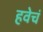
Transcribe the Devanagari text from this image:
हवेचं